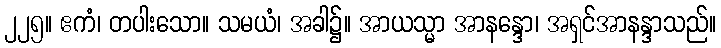
၂၂၅။ ဧကံ၊ တပါးသော။ သမယံ၊ အခါ၌။ အာယသ္မာ အာနန္ဒော၊ အရှင်အာနန္ဒာသည်။